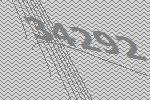
34292